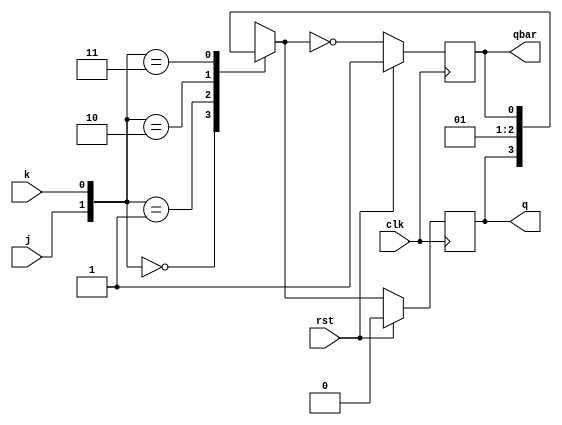
module jkff (
    input j, k, clk, rst, 
    output reg q, qbar
    );


parameter HOLD = 2'b00, SET = 2'b10, RESET = 2'b01, TOGGLE = 2'b11;
reg q1, q1bar;

always@(*)
begin
    case({j,k})
    HOLD: q1=q;
    RESET: q1=1'b0;
    SET: q1=1'b1;
    TOGGLE: q1=qbar;
    default: q1=1'bz;
    endcase 
    q1bar=~q1;
end

always@(posedge clk)
begin
    if(rst)begin
    q<=1'b0;
    qbar<=1'b1;
    end
    
    else begin
    q<=q1;
    qbar<=q1bar;
    end
end

endmodule